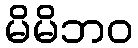
မိမိဘဝ